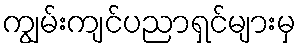
ကျွမ်းကျင်ပညာရှင်များမှ